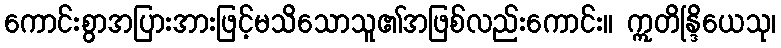
ကောင်းစွာအပြားအားဖြင့်မသိသောသူ၏အဖြစ်လည်းကောင်း။ ဣတိန္ဒြိယေသု၊